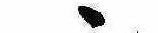
ゝ